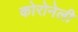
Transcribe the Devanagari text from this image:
कोरोनेली